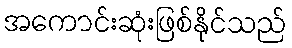
အကောင်းဆုံးဖြစ်နိုင်သည်